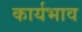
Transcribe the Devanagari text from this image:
कार्यभाव